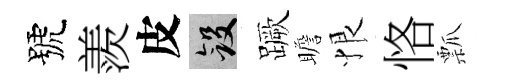
號羨皮斂蹶瞻恨恪瓢